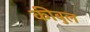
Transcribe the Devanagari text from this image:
कीबुल